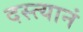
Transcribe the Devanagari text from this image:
दस्त्यानं